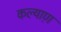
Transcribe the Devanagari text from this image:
कल्याण़